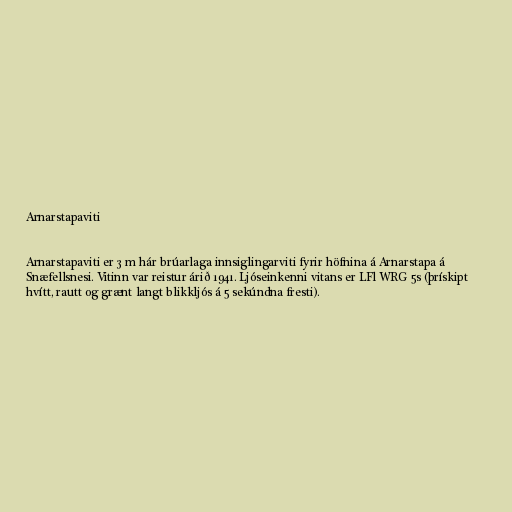
Arnarstapaviti

Arnarstapaviti er 3 m hár brúarlaga innsiglingarviti fyrir höfnina á Arnarstapa á
Snæfellsnesi. Vitinn var reistur árið 1941. Ljóseinkenni vitans er LFl WRG 5s (þrískipt
hvítt, rautt og grænt langt blikkljós á 5 sekúndna fresti).